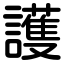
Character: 護